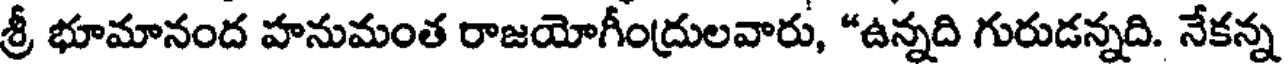
శ్రీ భూమానంద హనుమంత రాజయోగీంద్రులవారు, "ఉన్నది గురుడన్నది. నేకన్న